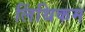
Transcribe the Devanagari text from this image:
लिंथिकम